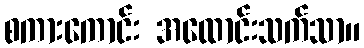
စကားကောင်း အထောင်းသက်သာ။